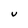
Character: U